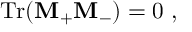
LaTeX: \mathrm { T r } ( { \bf M } _ { + } { \bf M } _ { - } ) = 0 \ ,